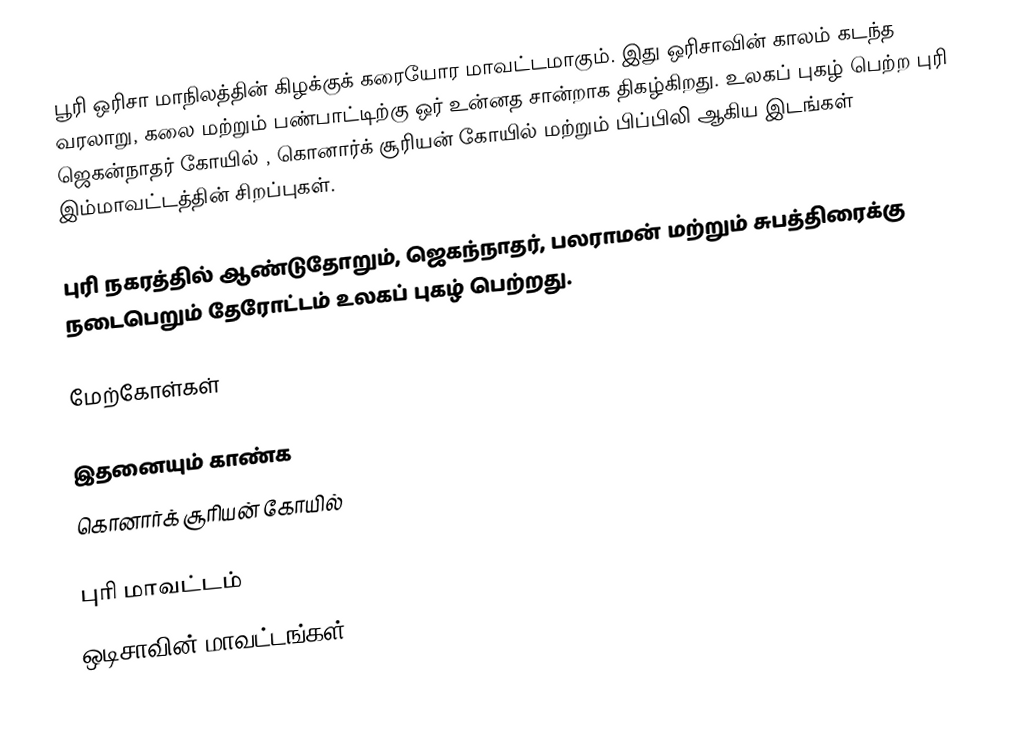
பூரி ஒரிசா மாநிலத்தின்  கிழக்குக் கரையோர மாவட்டமாகும். இது ஒரிசாவின் காலம் கடந்த வரலாறு, கலை மற்றும் பண்பாட்டிற்கு ஒர் உன்னத சான்றாக திகழ்கிறது. உலகப் புகழ் பெற்ற  புரி ஜெகன்நாதர் கோயில் , கொனார்க் சூரியன் கோயில் மற்றும் பிப்பிலி ஆகிய இடங்கள் இம்மாவட்டத்தின் சிறப்புகள்.

புரி நகரத்தில் ஆண்டுதோறும், ஜெகந்நாதர், பலராமன் மற்றும் சுபத்திரைக்கு நடைபெறும் தேரோட்டம் உலகப் புகழ் பெற்றது.

மேற்கோள்கள்

இதனையும் காண்க
 கொனார்க் சூரியன் கோயில்

புரி மாவட்டம்
ஒடிசாவின் மாவட்டங்கள்